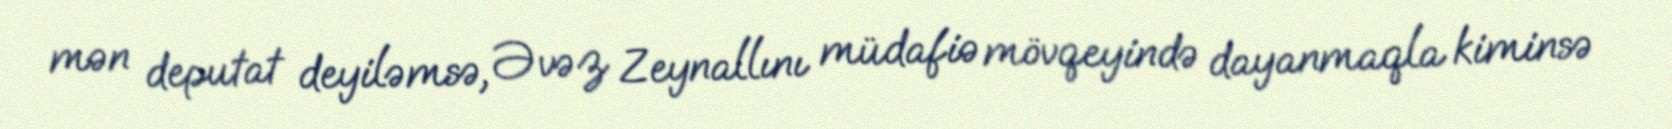
mən deputat deyiləmsə, Əvəz Zeynallını müdafiə mövqeyində dayanmaqla kiminsə